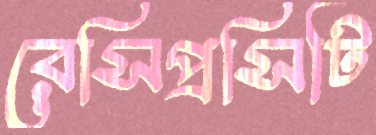
রেসিপ্রসিটি